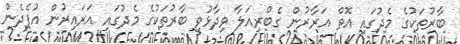
ބާރުތަކުގެ މެދުގައި އޮތް އަރާރުން ގެބްރިއަލާ ވިދާޅުވީ ބާރުތަކުގެ މެދުގައި އަރައިރުން އުފެދެން